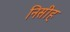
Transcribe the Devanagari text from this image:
निसीह